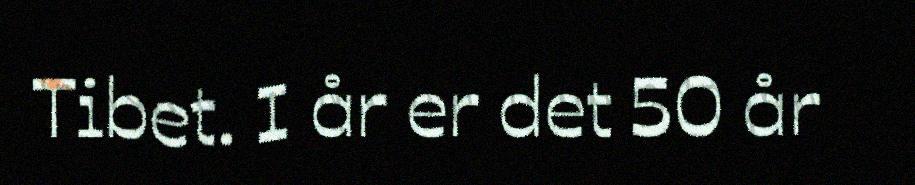
Tibet. I år er det 50 år